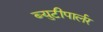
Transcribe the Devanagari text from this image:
ब्युटीपार्लर